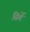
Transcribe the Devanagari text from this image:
सिर्ते